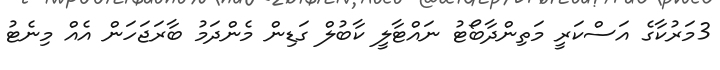
3މަރުކާގެ އަސްކަރީ މަތިންދާބޯޓު ނައްޓާލީ ކާބުލް ގަޑިން މެންދަމު ބާރަޖަހަން އެއް މިނެޓު